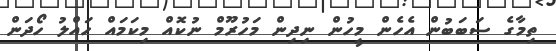
ތިމާގެ ސަބަބުން އެހެން މީހުން ނިދިން މަހުރޫމް ނުކޮއް މިިކަމައް ހައްލު ހޯދަން